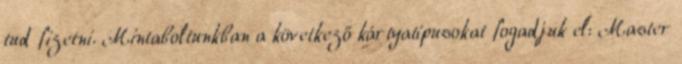
tud fizetni. Mintaboltunkban a következő kártyatípusokat fogadjuk el: Master